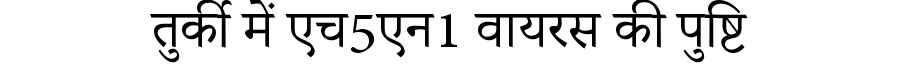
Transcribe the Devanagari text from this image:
तुर्की में एच5एन1 वायरस की पुष्टि